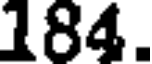
184.